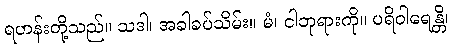
ရဟန်းတို့သည်။ သဒါ၊ အခါခပ်သိမ်း။ မံ၊ ငါဘုရားကို။ ပရိဝါရေန္တိ၊